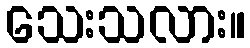
သေးသလား။